Leaving Certificate Examination, 1903
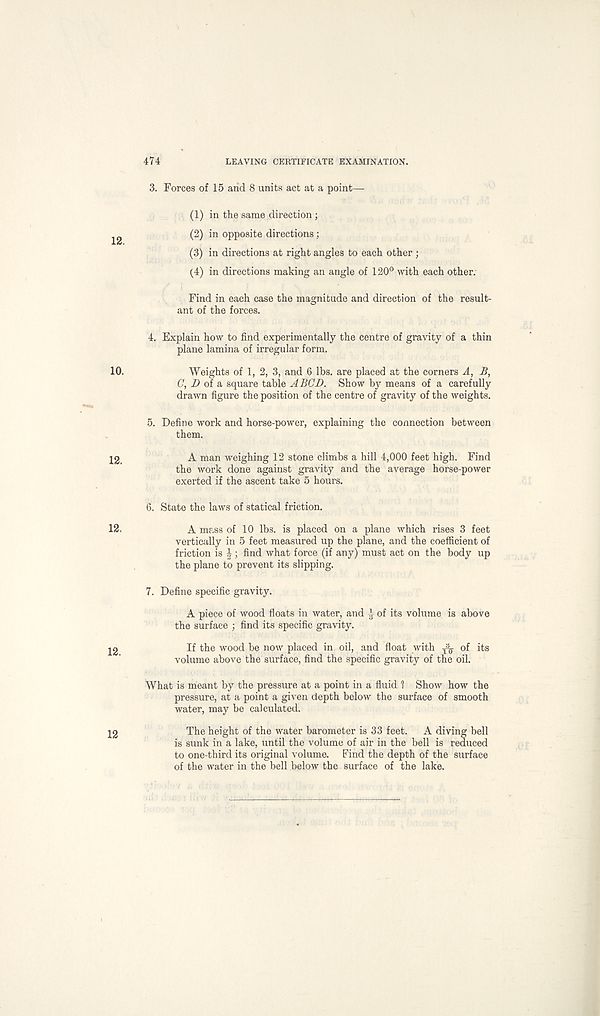
474
LEAVING CERTIFICATE EXAMINATION.
3. Forces of 15 and 8 units act at a point—
(1) in the same direction;
(2) in opposite directions;
(3) in directions at right angles to each other ;
(4) in directions making an angle of 120° with each other.
Find in each case the magnitude and direction of the result-
ant of the forces.
4. Explain how to find experimentally the centre of gravity of a thin
plane lamina of irregular form.
Weights of 1, 2, 3, and 6 lbs. are placed at the corners A, B,
C, D of a square table A BCD. Show by means of a carefully
drawn figure the position of the centre of gravity of the weights.
5. Define work and horse-power, explaining the connection between
them.
A man weighing 12 stone climbs a hill 4,000 feet high. Find
the work done against gravity and the average horse-power
exerted if the ascent take 5 hours.
6. State the laws of statical friction.
A mass of 10 lbs. is placed on a plane which rises 3 feet
vertically in 5 feet measured up the plane, and the coefficient of
friction is J; find what force (if any) must act on the body up
the plane to prevent its slipping.
7. Define specific gravity.
A piece of wood floats in water, and of its volume is above
the surface ; find its specific gravity.
If the wood be now placed in oil, and float with ^ of its
volume above the surface, find the specific gravity of the oil.
What is meant by the pressure at a point in a fluid 1 Show how the
pressure, at a point a given depth below the surface of smooth
water, may be calculated.
The height of the water barometer is 33 feet. A diving bell
is sunk in a lake, until the volume of air in the bell is reduced
to one-third its original volume. Find the depth of the surface
of the water in the bell below the surface of the lake.